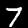
Digit: 7